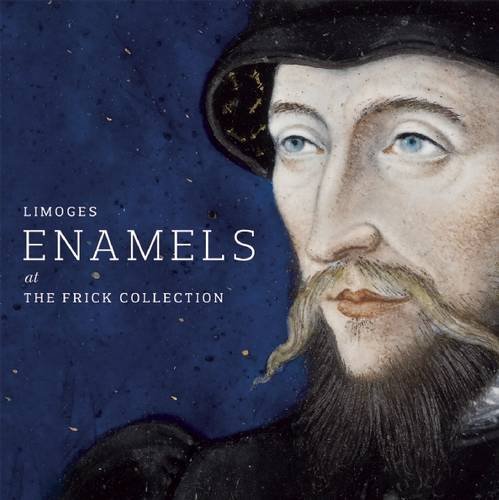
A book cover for Limoges Enamels at the Frick Collection; Ian Wardropper; Crafts, Hobbies & Home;